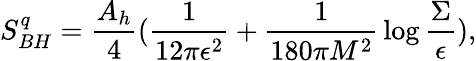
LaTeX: S_{BH}^{q}={\frac{A_{h}}{4}}({\frac{1}{12\pi\epsilon^{2}}}+{\frac{1}{180\pi M^{2}}}\log{\frac{\Sigma}{\epsilon}}),